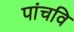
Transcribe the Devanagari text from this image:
पांचवि